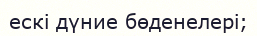
ескі дүние бөденелері;